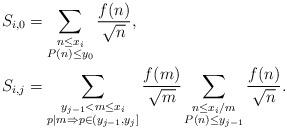
LaTeX: \begin{align*}S_{i,0} &= \sum_{\substack{n \leq x_i \\ P(n) \leq y_0}} \frac{f(n)}{\sqrt{n}}, \\S_{i,j} &= \sum_{\substack{y_{j-1} < m \leq x_i \\ p | m \Rightarrow p \in (y_{j-1}, y_j]}} \frac{f(m)}{\sqrt{m}} \sum_{\substack{n \leq x_i / m \\ P(n) \leq y_{j-1}}} \frac{f(n)}{\sqrt{n}}. \end{align*}